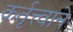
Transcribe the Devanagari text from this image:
कर्तृत्त्वाने